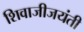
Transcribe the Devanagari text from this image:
शिवाजीजयंती